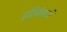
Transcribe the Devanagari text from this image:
हरिबोधनी